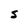
Character: S